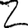
Digit: 2